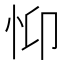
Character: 𢗾